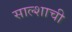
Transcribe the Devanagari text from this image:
साल्शाची